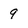
Character: 9